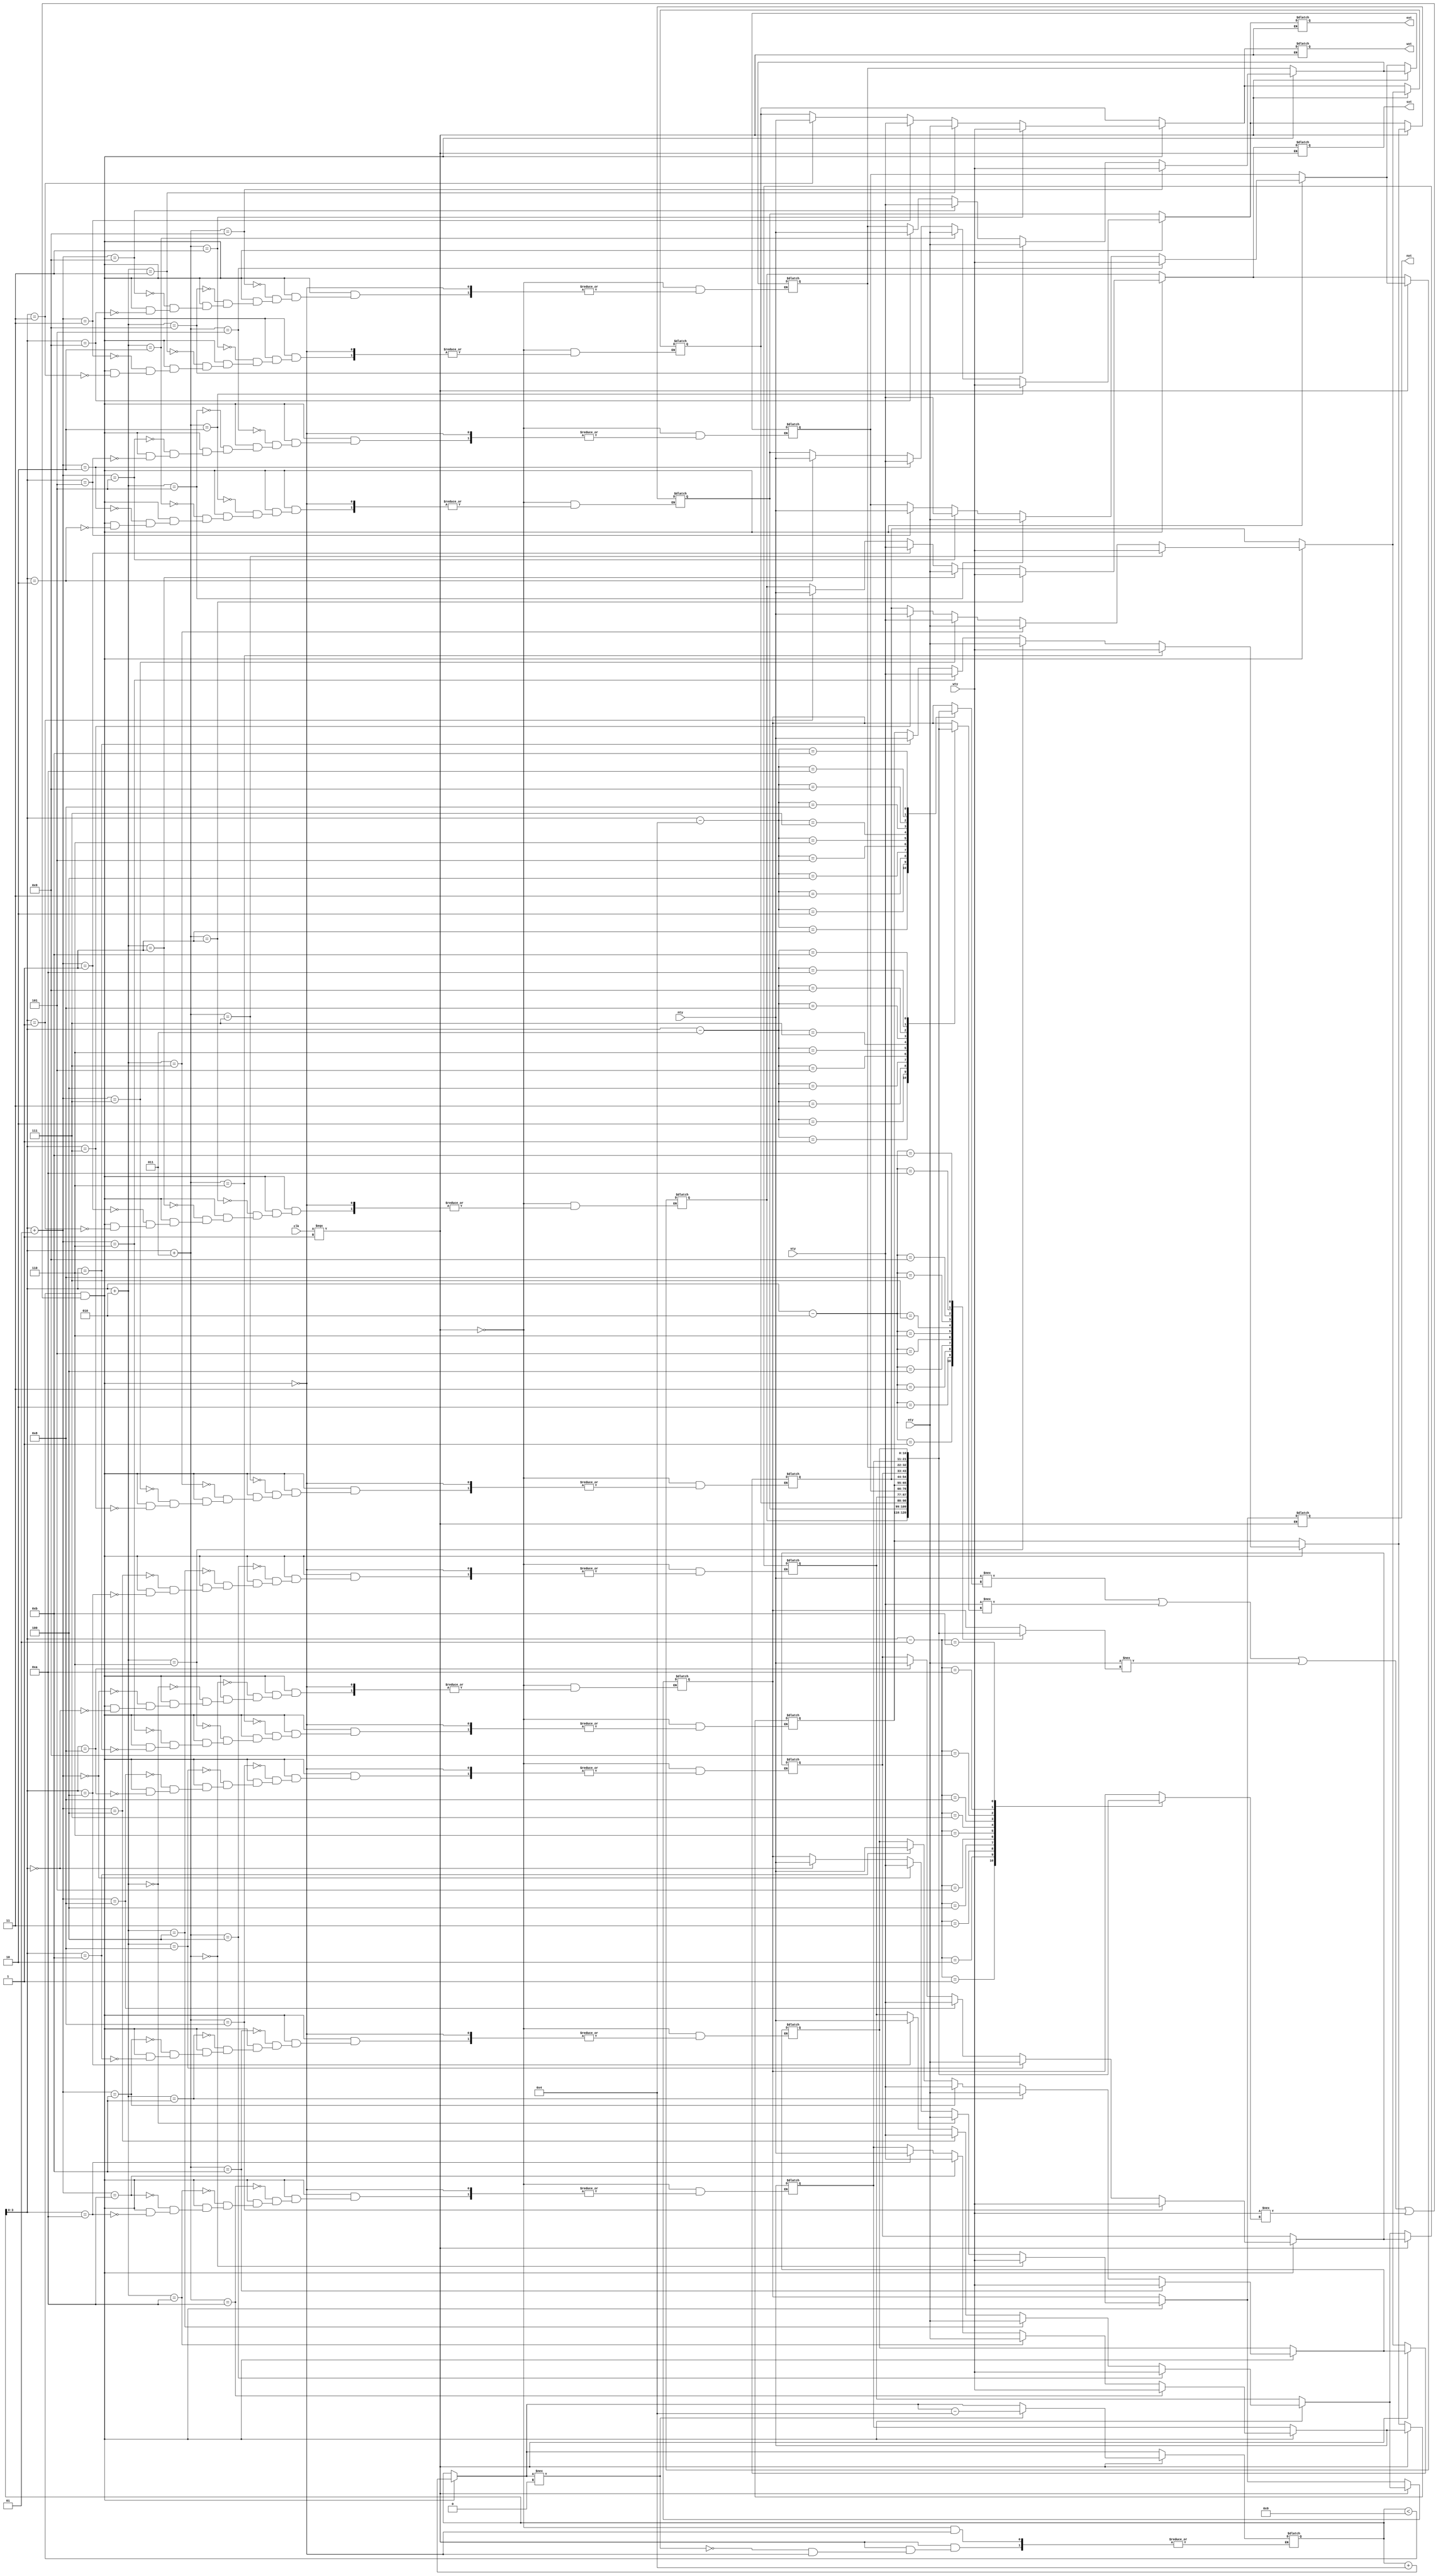
module pipeline_two(
nty,
sty,
ety,
wty,
clk,
nxt,
sxt,
ext,
wxt
);

input [10:0] nty;
input [10:0] sty;
input [10:0] ety;
input [10:0] wty;
input clk;
output [10:0] nxt;
output [10:0] sxt;
output [10:0] ext;
output [10:0] wxt;

wire [10:0] nty;
wire [10:0] sty;
wire [10:0] ety;
wire [10:0] wty;
wire clk;
reg [10:0] nxt;
reg [10:0] sxt;
reg [10:0] ext;
reg [10:0] wxt;

reg [10:0] pipeline2 [0:11];
integer i;
integer j;

//LOCAL CLOCK NOT REQUIRED

initial begin
i=0;
end

always @ (nty or sty or ety or wty or clk) begin
	if(i < 9 && (nty !== pipeline2 [i-4] || sty !== pipeline2 [i-3] || ety !== pipeline2 [i-2] || wty !== pipeline2 [i-1])) begin
		pipeline2 [i] = nty;
		pipeline2 [i+1] = sty;
        	pipeline2 [i+2] = ety;
		pipeline2 [i+3] = wty;
		i=i+4;
	end                      //No k variable needed as time of all inputs received //is obvious (due to automated assignment)
	if( clk === 1 ) begin
		nxt = pipeline2 [0];
		sxt = pipeline2 [1];
		ext = pipeline2 [2];	
		wxt = pipeline2 [3];
		for(j = 0; j<8 ; j = j+1) begin
        	    pipeline2 [j] = pipeline2 [j+4];
		    pipeline2 [j+4] = 11'bz;	
		end
		if(i !== 0)
		i = i-4;
	end
end     
                         
 
/*always @ (posedge clk) begin                   //MULTIPLE DRIVING
	nxt = pipeline2 [0];
	sxt = pipeline2 [1];
	ext = pipeline2 [2];
	wxt = pipeline2 [3];
	for(j = 0; j<8 ; j = j+1) begin
            pipeline2 [j] = pipeline2 [j+4];
	end
	if(i !== 0)
	i = i-4;
end*/

endmodule